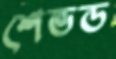
শেভড